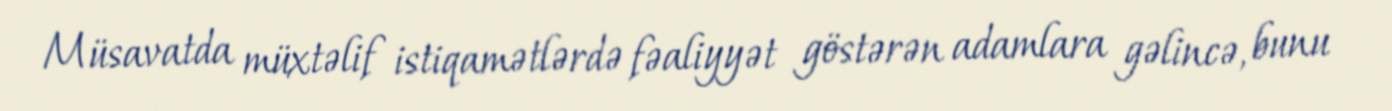
Müsavatda müxtəlif istiqamətlərdə fəaliyyət göstərən adamlara gəlincə, bunu